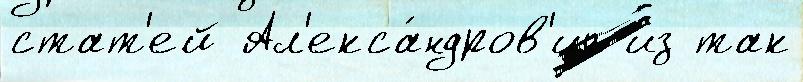
стат'ей Ал'екса́ндров'ич из так